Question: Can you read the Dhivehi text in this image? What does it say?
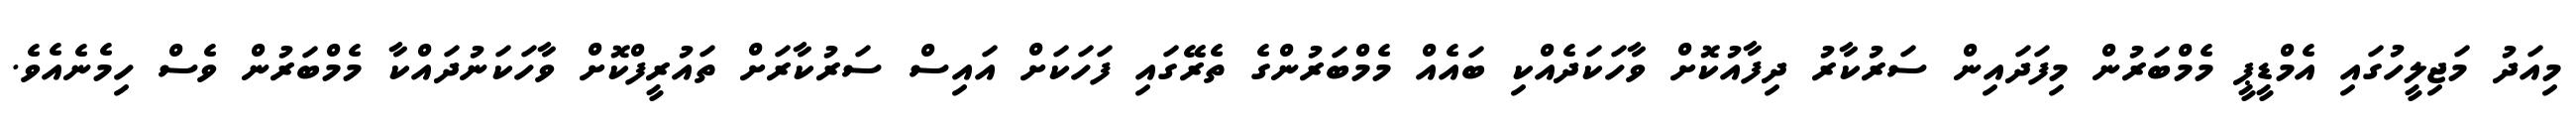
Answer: މިއަދު މަޖިލީހުގައި އެމްޑީޕީ މެމްބަރުން މިފަދައިން ސަރުކާރު ދިފާއުކޮށް ވާހަކަދެއްކި ބައެއް މެމްބަރުންގެ ތެރޭގައި ފަހަކަށް އައިސް ސަރުކާރަށް ތައުރީފްކޮށް ވާހަކަނުދައްކާ މެމްބަރުން ވެސް ހިމެނެއެވެ.